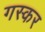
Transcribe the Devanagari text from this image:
गस्कर